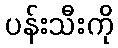
ပန်းသီးကို